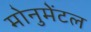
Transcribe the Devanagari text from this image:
मोनुमेंटल